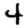
Digit: 4